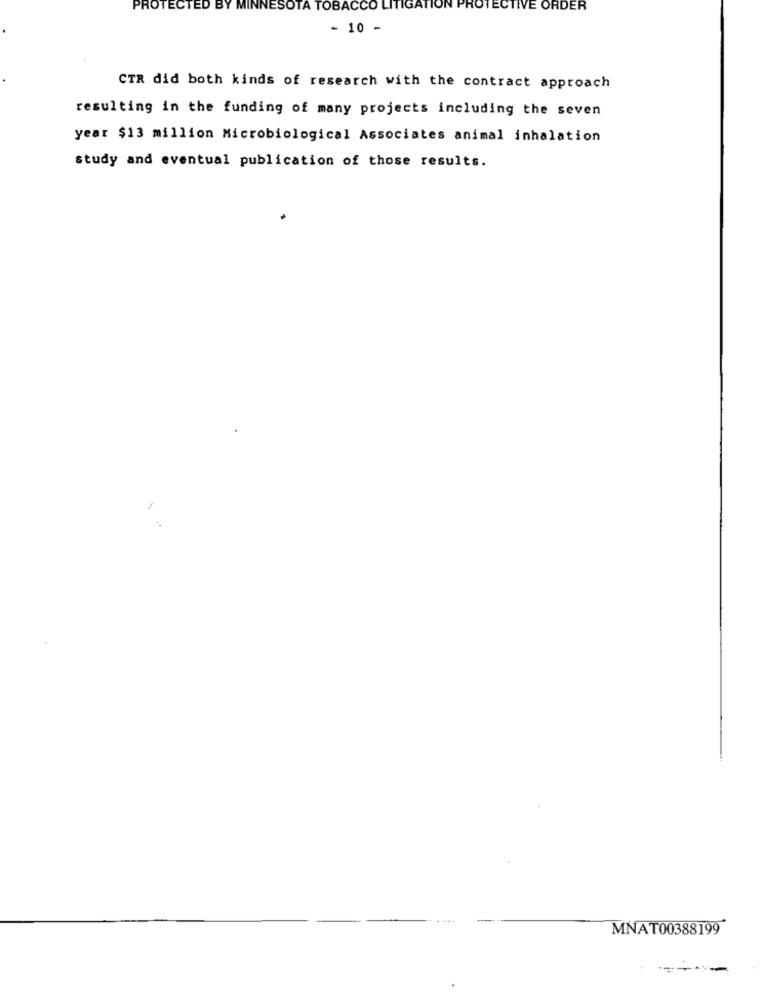
PROTECTED BY
NES
TA TOBACCO LITIGATION PROTECTIVE ORDER
- 10 -
CTR did both kinds of research with the contract approach
resulting in the funding of many projects including the seven
year $13 million Microbiological Associates animal inhalation
study and eventual publication of those results.
MNAT00388199
. -----